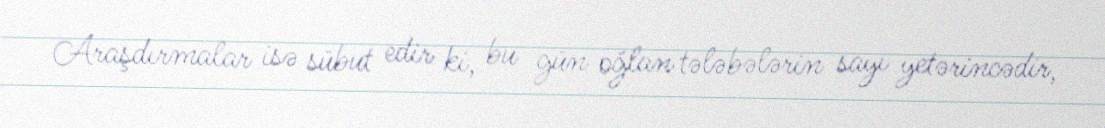
Araşdırmalar isə sübut edir ki, bu gün oğlan tələbələrin sayı yetərincədir,